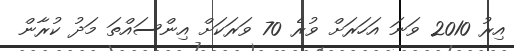
އިރު 2010 ވަނަ އަހަރަށް ވުރެ 70 ވަރަކަށް އިންސައްތަ މަދު ކުރާން